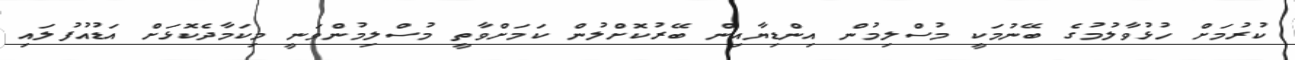
ކުރުމަށް ހުޅުވާލުމުގެ ބޭނުމަކީ މުސްލިމުން އިންޑިޔާއިން ބޭރުކޮށްލުން ކަމަށްވާތީ މުސްލިމުންވަނީ މިކަމާދެކޮޅަށް އަޑުއުފުލައި